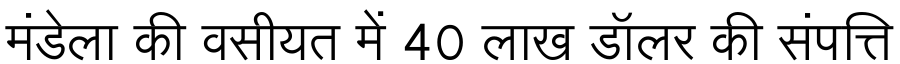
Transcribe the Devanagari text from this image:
मंडेला की वसीयत में 40 लाख डॉलर की संपत्ति